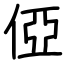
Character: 俹